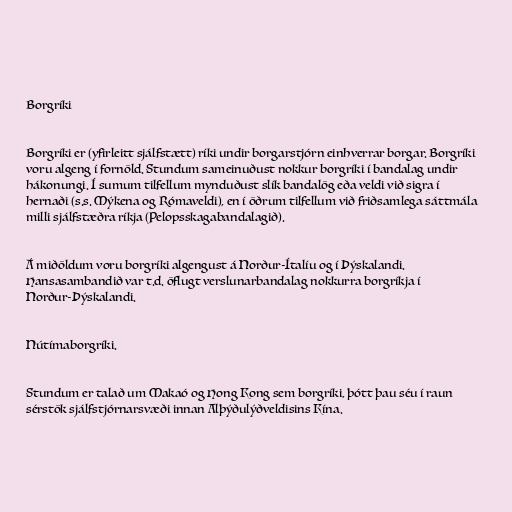
Borgríki

Borgríki er (yfirleitt sjálfstætt) ríki undir borgarstjórn einhverrar borgar. Borgríki
voru algeng í fornöld. Stundum sameinuðust nokkur borgríki í bandalag undir
hákonungi. Í sumum tilfellum mynduðust slík bandalög eða veldi við sigra í
hernaði (s.s. Mýkena og Rómaveldi), en í öðrum tilfellum við friðsamlega sáttmála
milli sjálfstæðra ríkja (Pelopsskagabandalagið).

Á miðöldum voru borgríki algengust á Norður-Ítalíu og í Þýskalandi.
Hansasambandið var t.d. öflugt verslunarbandalag nokkurra borgríkja í
Norður-Þýskalandi.

Nútímaborgríki.

Stundum er talað um Makaó og Hong Kong sem borgríki, þótt þau séu í raun
sérstök sjálfstjórnarsvæði innan Alþýðulýðveldisins Kína.